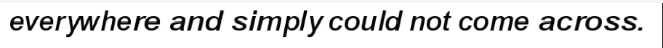
everywhere and simply could not come across.